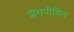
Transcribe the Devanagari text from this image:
प्लेगपीडित